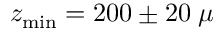
z _ { \mathrm { m i n } } = 2 0 0 \pm 2 0 \; \mu